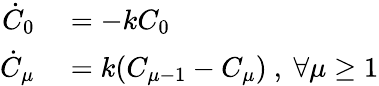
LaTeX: \begin{array}{rl}{\dot{C}_{0}}&{{}=-kC_{0}}\\ {\dot{C}_{\mu}}&{{}=k(C_{\mu-1}-C_{\mu})\ ,\ \forall\mu\geq 1}\end{array}